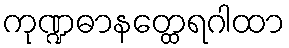
ကုဏ္ဍဓာနတ္ထေရဂါထာ